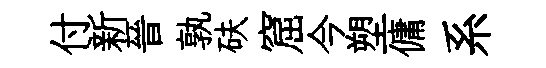
付新晉孰砆窟今塑傭系